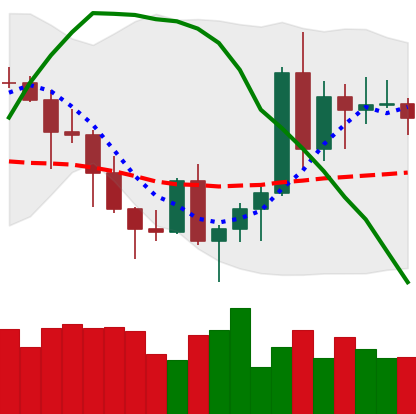
Ticker: ADA-USD
Chart end date: 2020-11-12
Forward return: 4.855%
Label: up_3_5